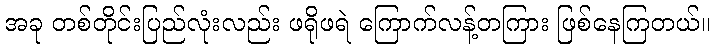
အခု တစ်တိုင်းပြည်လုံးလည်း ဖရိုဖရဲ ကြောက်လန့်တကြား ဖြစ်နေကြတယ်။